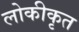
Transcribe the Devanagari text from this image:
लोकीकृत